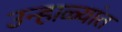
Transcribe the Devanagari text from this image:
उन्हाळ्यांत